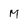
Character: M